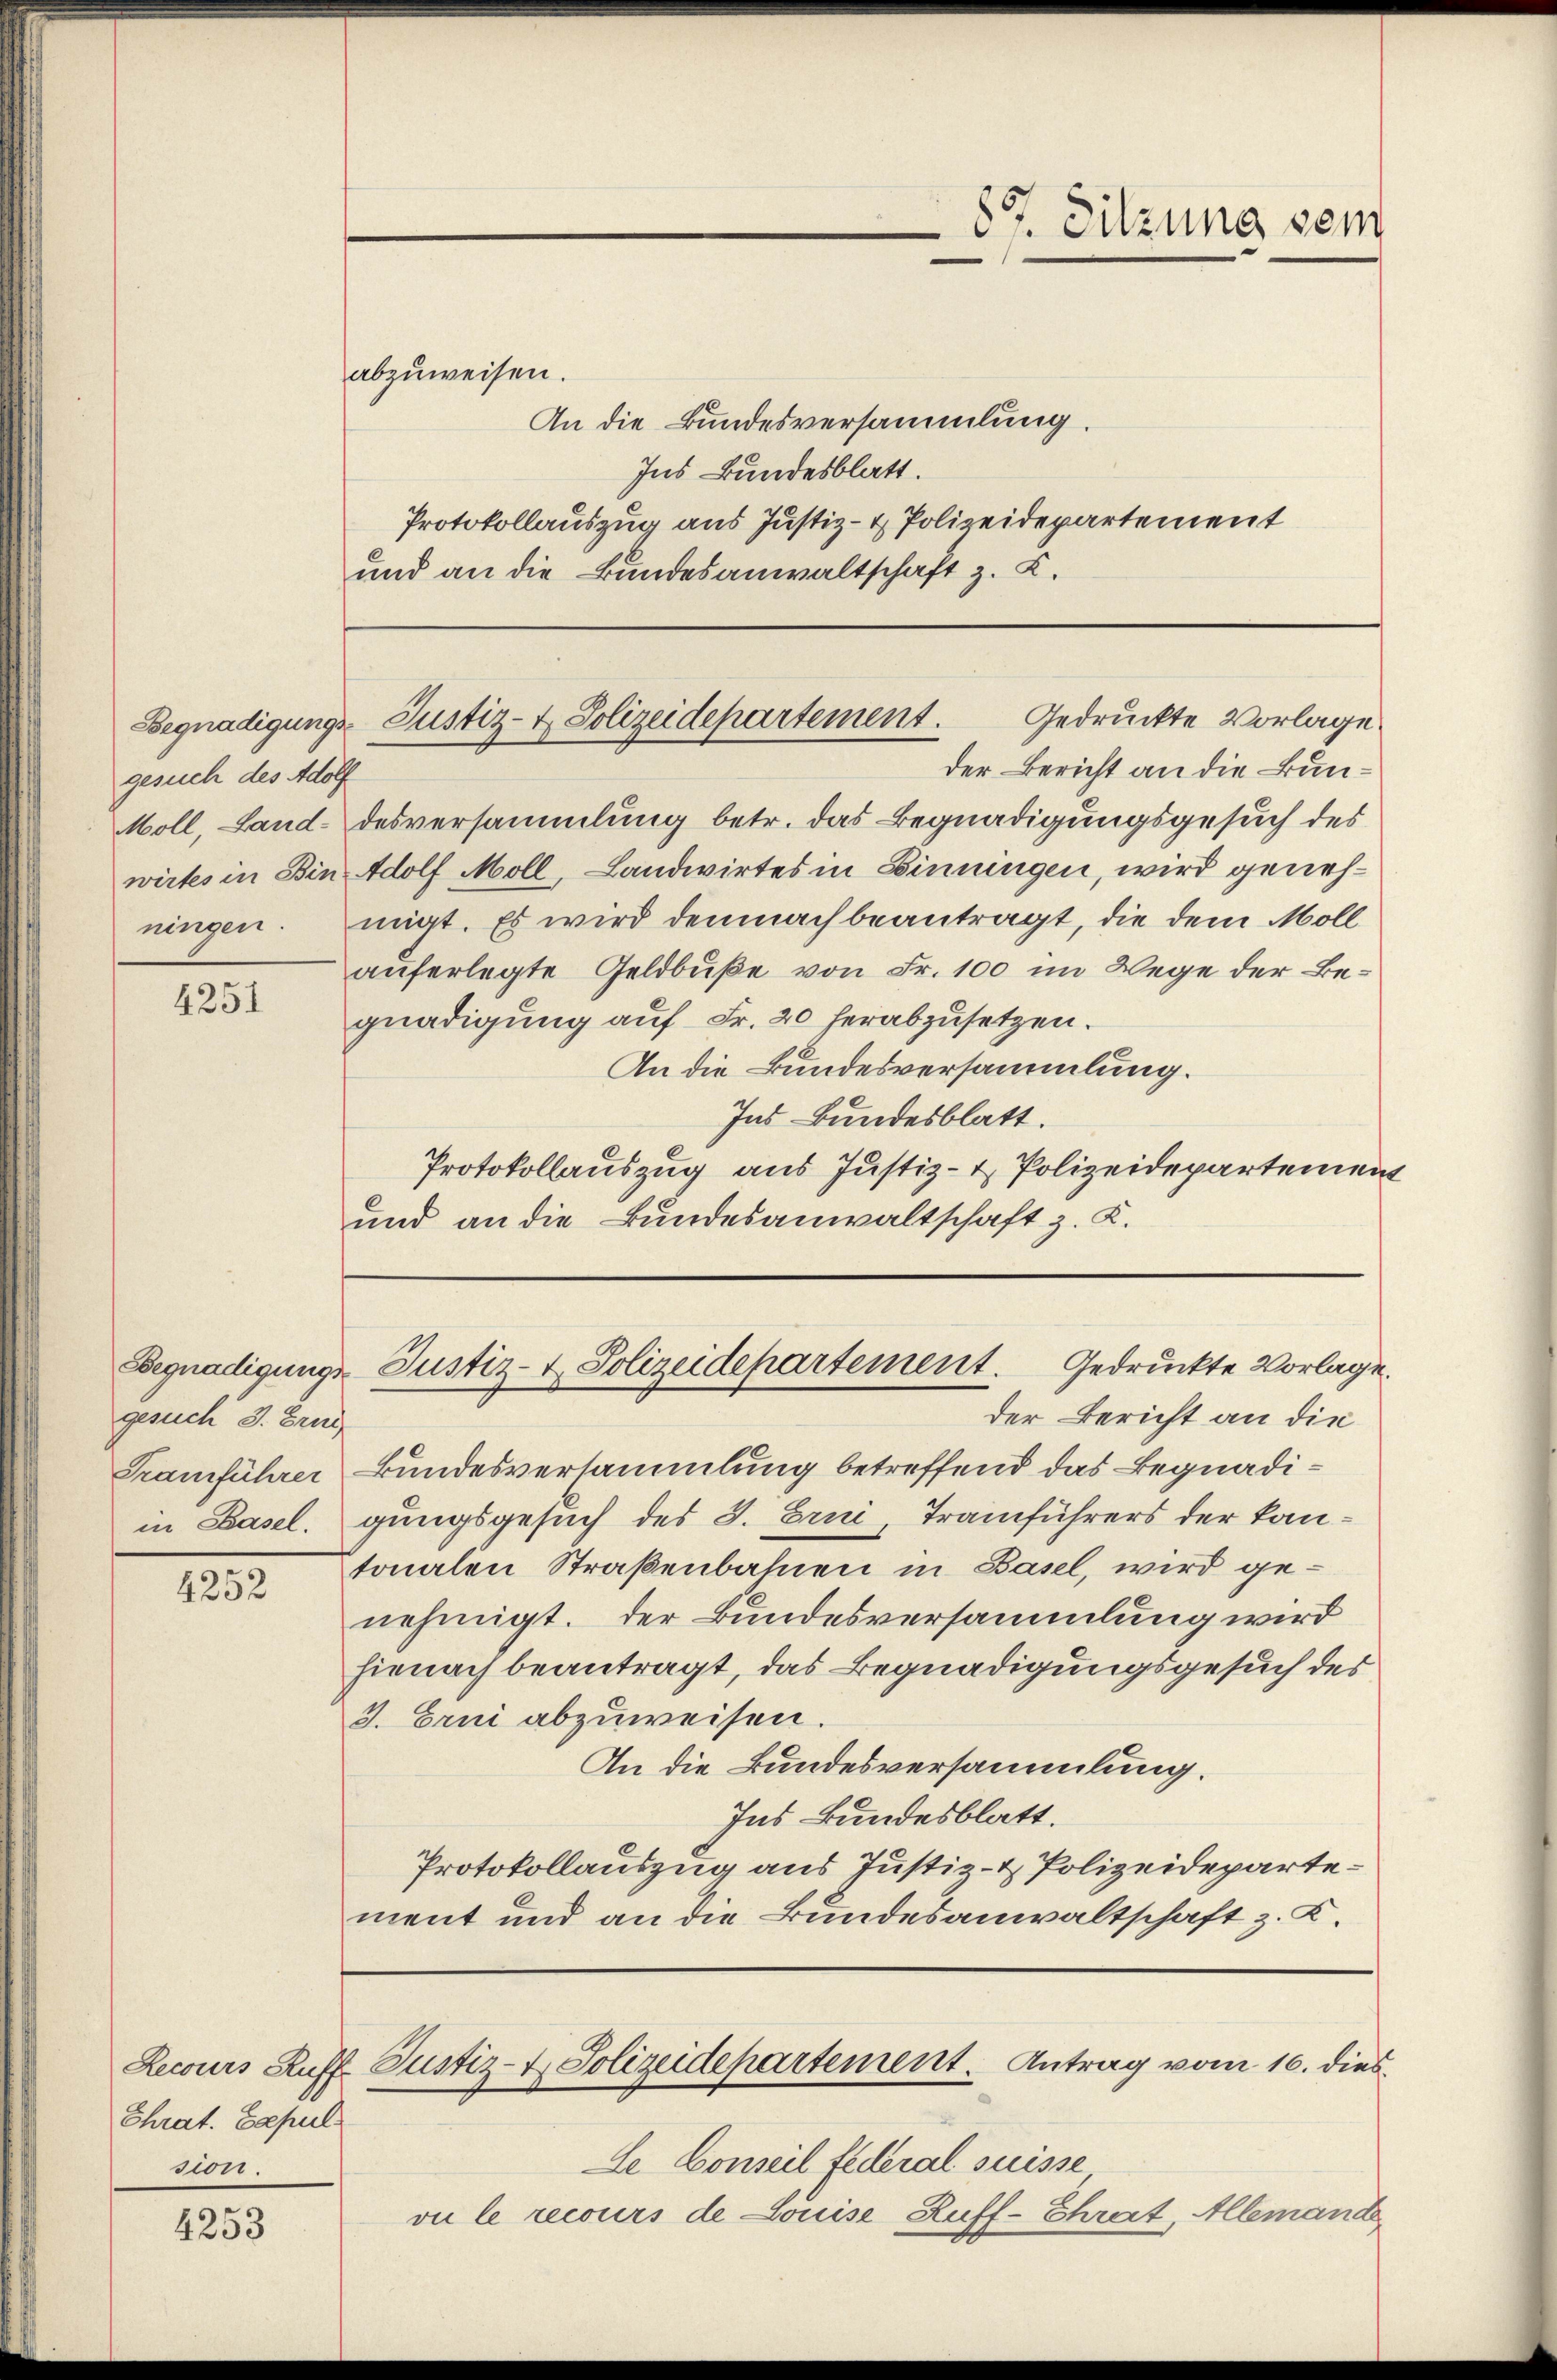
gesuch des Adolf
ningen.

4251

4252

Chrat. Capul
dir.

4253

gesuch 3. Brud
Transführer
in Basel,

abzuweisen.
An die Bundesversammlung.
Ins Bundesblatt.
Protokollauszug aus Justiz- & Polizeidepartement
und an die Bundesanwaltschaft z. B.

der Bericht an die Bun¬
Moll, Land-desversammlung betr. das Begnadigungsgesuch des
wirtes in Bin Adolf Moll, Landwirtes in Zinningen, wird genehmigt. Es wird demnach beantragt, die dem Moll
auferlegte Geldbuße von Fr. 100 im Wege der Begnadigung auf Fr. 20 herabzusetzen.
An die Bundesversammlung.
Ind Bundesblatt.
Protokollauszug aus Justiz- & Polizeidepartement
und an die Bundesanwaltschaft z. K.

Gedruckte Vorlage.
Begnadigungs Justiz- & Polizeidepartement.

87. Sitzung sein

der Bericht an die
Bundesversammlung betreffend das Begnadigungsgesuch des 3. Erni, Tramführers der kantonalen Straßenbahnen in Basel, wird genehmigt. Der Bundesversammlung wird
hienach beantragt, das Begnadigungsgesuch des
3. Erni abzuweisen.
An die Bundesversammlung.
Ins Bundesblatt.
Protokollauszug aus Justiz- & Polizeidepartement und an die Bundesanwaltschaft z. K.

Begnadigungs Justiz- & Polizeidepartement. Gedruckte Vorlage.

Lecours Ruff Justiz- & Polizeidepartement. Antrag vom 16. dies

Le Conseil federal suisse
vu le recours de Louise Ruff-Threut, Allemand